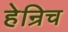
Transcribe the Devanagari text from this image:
हेन्रिच